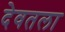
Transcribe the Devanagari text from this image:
देवतला